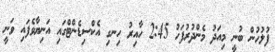
ފުލުހުން ބުނީ މިއަދު މެންދުރުފަހު 2:45 ހާއިރު ހިނގި އެކްސިޑެންޓްގައި އަނިޔާވެފައި ވަނީ